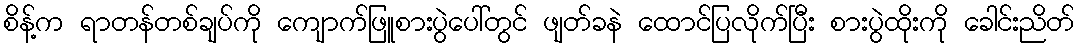
စိန့်က ရာတန်တစ်ချပ်ကို ကျောက်ဖြူစားပွဲပေါ်တွင် ဖျတ်ခနဲ ထောင်ပြလိုက်ပြီး စားပွဲထိုးကို ခေါင်းညိတ်